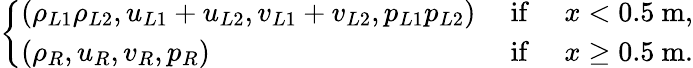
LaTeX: \left\{ \begin{array}{lll}{\left(\rho_{L1}\rho_{L2},u_{L1}+u_{L2},v_{L1}+v_{L2},p_{L1}p_{L2}\right)}&{\mathrm{~if~}}&{x<0.5\mathrm{~m},}\\ {\left(\rho_{R},u_{R},v_{R},p_{R}\right)}&{\mathrm{~if~}}&{x\geq 0.5\mathrm{~m}.}\end{array}\right.